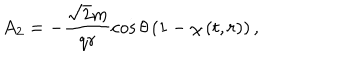
LaTeX: A _ { 2 } = - \frac { \sqrt { 2 } m } { q r } \cos \theta \left( 1 - \chi \left( t , r \right) \right) ,